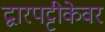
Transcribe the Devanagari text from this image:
द्वारपट्टीकेवर